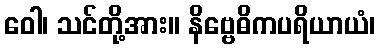
ဝေါ၊ သင်တို့အား။ နိဗ္ဗေဓိကပရိယာယံ၊